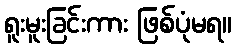
ရူးမူးခြင်းကား ဖြစ်ပုံမရ။